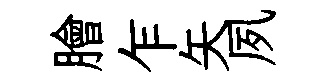
膾乍矢夙